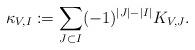
LaTeX: \begin{align*}\kappa_{V,I}:=\sum_{J\subset I}(-1)^{|J|-|I|}K_{V,J}.\end{align*}